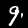
Label: 9